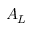
A _ { L }